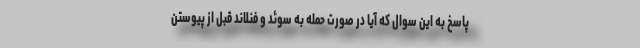
پاسخ به این سوال که آیا در صورت حمله به سوئد و فنلاند قبل از پیوستن